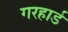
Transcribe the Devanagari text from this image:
गरहार्ड